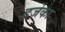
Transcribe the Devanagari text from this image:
दर्जेका